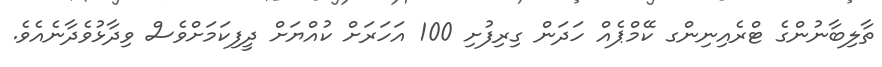
ތާލިބާނުންގެ ޓްރެއިނިންގ ކޭމްޕެއް ހަދަން ގިރިފުށި 100 އަހަރަށް ކުއްޔަށް ދީފިކަމަށްވެސް ވިދާޅުވެދާނެއެވެ.